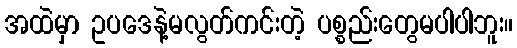
အထဲမှာ ဥပဒေနဲ့မလွတ်ကင်းတဲ့ ပစ္စည်းတွေမပါပါဘူး။